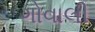
ગોવાલી